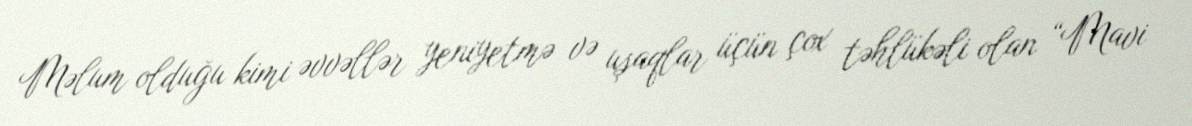
Məlum olduğu kimi əvvəllər yeniyetmə və uşaqlar üçün çox təhlükəli olan “Mavi